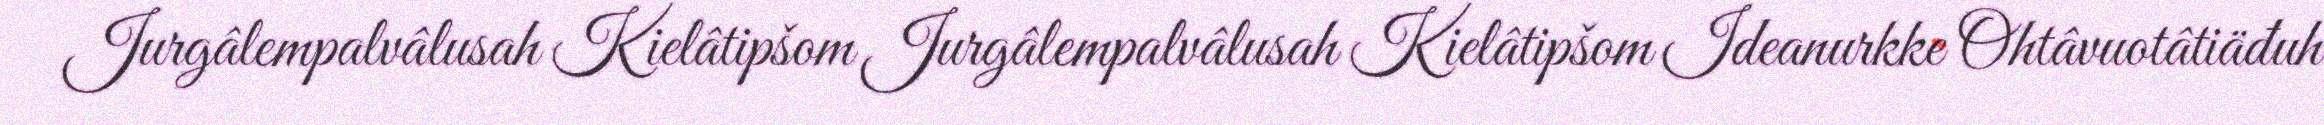
Jurgâlempalvâlusah Kielâtipšom Jurgâlempalvâlusah Kielâtipšom Ideanurkke Ohtâvuotâtiäđuh